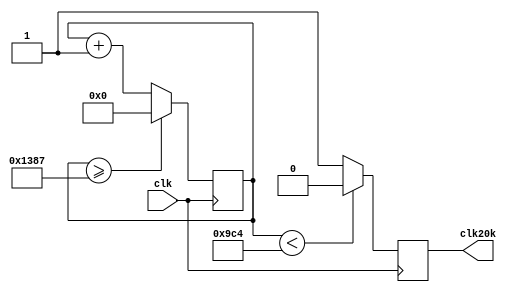
`timescale 1ns / 1ps
//////////////////////////////////////////////////////////////////////////////////
// Company: 
// Engineer: 
// 
// Design Name: 
// Module Name: clk_divider20k
// Project Name: 
// Target Devices: 
// Tool Versions: 
// Description: 
// 
// Dependencies: 
// 
// Revision:
// Revision 0.01 - File Created
// Additional Comments:
// 
//////////////////////////////////////////////////////////////////////////////////


module clk_divider20k(input clk, output reg clk20k);
    reg [29:0]counter = 0;
    always @(posedge clk)begin
        counter <= (counter >= 4999) ? 0 : counter + 1;
        clk20k <= (counter < 2500) ? 1'b0 : 1'b1;
    end
endmodule